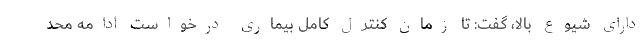
دارای شیوع بالا، گفت: تا زمان کنترل کامل بیماری درخواست ادامه محد